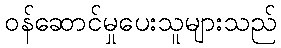
ဝန်ဆောင်မှုပေးသူများသည်